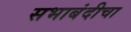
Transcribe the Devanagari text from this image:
सभाबंदीचा